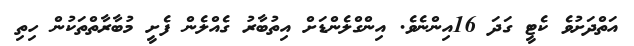
އަތްދަށުވެ ކެޓީ ގަދަ 16އިންނެވެ. އިންގްލެންޑަށް އިތުބާރު ގެއްލެން ފެށީ މުބާރާތްތަކުން ހިތި